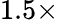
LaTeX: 1.5\times